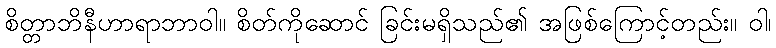
စိတ္တာဘိနီဟာရာဘာဝါ။ စိတ်ကိုဆောင် ခြင်းမရှိသည်၏ အဖြစ်ကြောင့်တည်း။ ဝါ၊